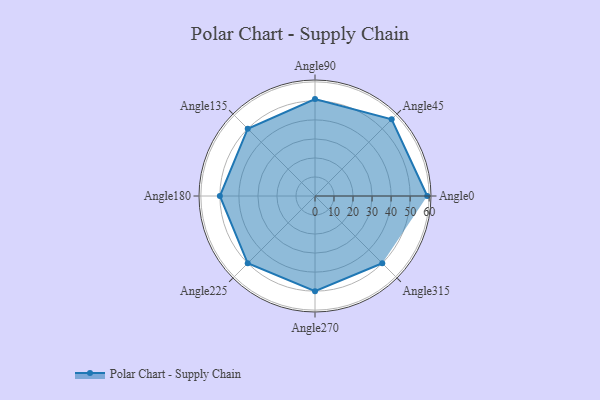
{"axis": {"x": "Angle", "y": "Radius"}, "legend": [""], "data": [{"x": "Angle0", "y": 59.0, "type": ""}, {"x": "Angle45", "y": 57.0, "type": ""}, {"x": "Angle90", "y": 51.0, "type": ""}, {"x": "Angle135", "y": 50, "type": ""}, {"x": "Angle180", "y": 50, "type": ""}, {"x": "Angle225", "y": 50, "type": ""}, {"x": "Angle270", "y": 50, "type": ""}, {"x": "Angle315", "y": 50, "type": ""}]}